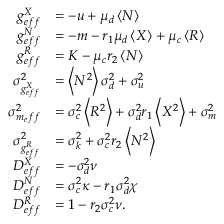
\begin{array} { r l } { g _ { e f f } ^ { X } } & { = - u + \mu _ { d } \left< N \right> } \\ { g _ { e f f } ^ { N } } & { = - m - r _ { 1 } \mu _ { d } \left< X \right> + \mu _ { c } \left< R \right> } \\ { g _ { e f f } ^ { R } } & { = K - \mu _ { c } r _ { 2 } \left< N \right> } \\ { \sigma _ { g _ { e f f } ^ { X } } ^ { 2 } } & { = \left< N ^ { 2 } \right> \sigma _ { d } ^ { 2 } + \sigma _ { u } ^ { 2 } } \\ { \sigma _ { m _ { e } f f } ^ { 2 } } & { = \sigma _ { c } ^ { 2 } \left< R ^ { 2 } \right> + \sigma _ { d } ^ { 2 } { r _ { 1 } } \left< X ^ { 2 } \right> + \sigma _ { m } ^ { 2 } } \\ { \sigma _ { g _ { e f f } ^ { R } } ^ { 2 } } & { = \sigma _ { k } ^ { 2 } + \sigma _ { c } ^ { 2 } { r _ { 2 } } \left< N ^ { 2 } \right> } \\ { D _ { e f f } ^ { X } } & { = - \sigma _ { d } ^ { 2 } \nu } \\ { D _ { e f f } ^ { N } } & { = \sigma _ { c } ^ { 2 } \kappa - r _ { 1 } \sigma _ { d } ^ { 2 } \chi } \\ { D _ { e f f } ^ { R } } & { = 1 - r _ { 2 } \sigma _ { c } ^ { 2 } \nu . } \end{array}